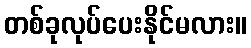
တစ်ခုလုပ်ပေးနိုင်မလား။